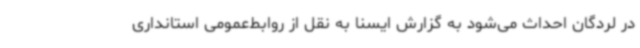
در لردگان احداث می‌شود به گزارش ایسنا به نقل از روابط‌عمومی استانداری